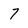
Character: 7